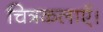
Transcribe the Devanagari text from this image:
चित्रकलाएँ।